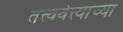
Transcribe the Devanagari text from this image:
तत्त्ववेत्त्याच्या